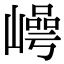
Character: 𡼑